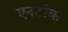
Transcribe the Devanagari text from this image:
एनटॉक